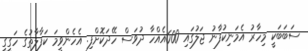
ސަބަބަކީ މިހާރު އެމަނިކުފާނު ޖަލުގައި 600އެއްހާ ދުވަސް ހޭދަކޮށްފި. އެހެންވީމަ ކަފާލާތުގެ ހަގީގީ